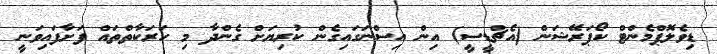
ޑިވެލޮޕްމެންޓް ކޯޕަރޭޝަން (އެޗްޑީސީ) އިން އިސްނަގައިގެން ކުރިޔަށް ގެންދާ މި ހަރަކާތްތައް ފަށާފައިވަނީ